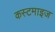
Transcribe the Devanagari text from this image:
कस्टमाइज